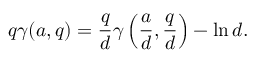
q \gamma ( a , q ) = { \frac { q } { d } } \gamma \left( { \frac { a } { d } } , { \frac { q } { d } } \right) - \ln d .